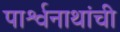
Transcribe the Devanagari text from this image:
पार्श्वनाथांची